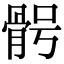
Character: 𩨴